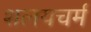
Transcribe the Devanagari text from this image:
शलयचर्म